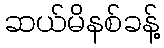
ဆယ်မိနစ်ခန့်